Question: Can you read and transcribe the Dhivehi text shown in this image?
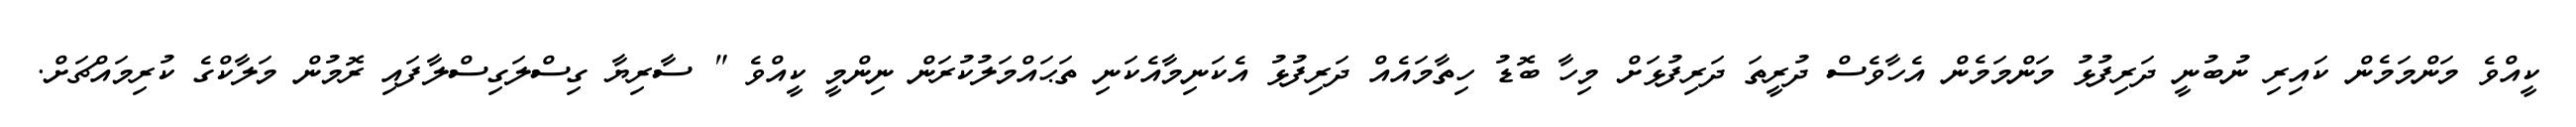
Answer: ކީއްވެ މަންމަމެން ކައިރި ނުބުނީ ދަރިފުޅު މަންމަމެން އެހާވެސް ދުރީތަ ދަރިފުޅަށް މިހާ ބޮޑު ހިތާމައެއް ދަރިފުޅު އެކަނިމާއެކަނި ތަޙައްމަލުކުރަން ނިންމީ ކީއްވެ " ސާރިޔާ ގިސްލަގިސްލާފައި ރޮމުން މަލާކްގެ ކުރިމައްޗަށް.